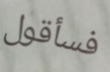
فسأقول